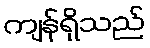
ကျန်ရှိသည်